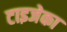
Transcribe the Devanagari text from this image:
टाइजेका